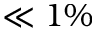
\ll 1 \%